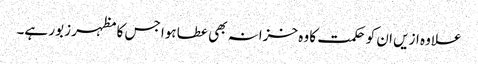
علاوہ ازیں ان کو حکمت کا وہ خزانہ بھی عطا ہوا جس کا مظہر زبور ہے۔